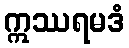
ဣဿရမဒံ